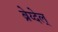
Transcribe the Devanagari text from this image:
ब्रेय्देल्